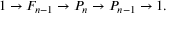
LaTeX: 1 \to F _ { n - 1 } \to P _ { n } \to P _ { n - 1 } \to 1 .